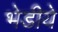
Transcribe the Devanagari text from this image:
भेडीये